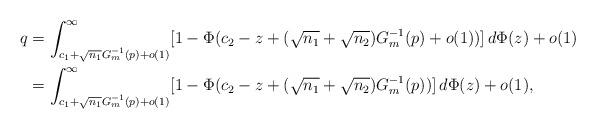
LaTeX: \begin{align*} q & = \int_{c_1 + \sqrt{n_1}G_m^{-1}(p) + o(1)}^\infty [ 1 - \Phi( c_2 - z + (\sqrt{n_1}+\sqrt{n_2}) G_m^{-1}(p) + o(1) ) ] \, d \Phi(z) + o(1) \\& = \int_{c_1 + \sqrt{n_1}G_m^{-1}(p) + o(1)}^\infty [ 1 - \Phi( c_2 - z + (\sqrt{n_1}+\sqrt{n_2}) G_m^{-1}(p)) ] \, d \Phi(z) + o(1),\end{align*}